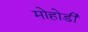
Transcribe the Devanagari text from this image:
मोहोडी